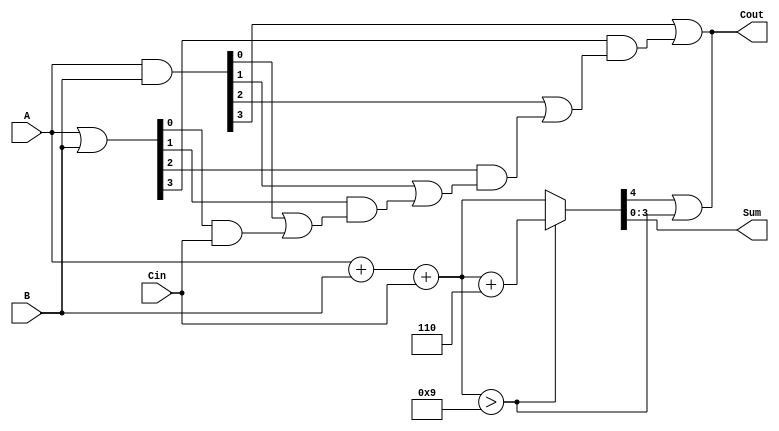
module BCD_Carry_Lookahead_Adder (
    input  [3:0] A,     // 4-bit BCD input A
    input  [3:0] B,     // 4-bit BCD input B
    input        Cin,    // Carry input
    output [3:0] Sum,    // 4-bit BCD result
    output       Cout     // Carry output
);

// Intermediate signals for the carry lookahead logic
wire [3:0] G; // Generate signals
wire [3:0] P; // Propagate signals
wire C1, C2, C3; // Carry outputs for each stage

// Generate and Propagate signals
assign G = A & B;      // Generate: G[i] = A[i] & B[i]
assign P = A | B;      // Propagate: P[i] = A[i] | B[i]

// Carry lookahead logic
assign C1 = G[0] | (P[0] & Cin);
assign C2 = G[1] | (P[1] & C1);
assign C3 = G[2] | (P[2] & C2);
assign Cout = G[3] | (P[3] & C3);

// Initial sum calculation
wire [4:0] initial_sum; // 5-bit to handle overflow
assign initial_sum = A + B + Cin;

// BCD correction logic
wire [4:0] corrected_sum;
assign corrected_sum = (initial_sum > 5'd9) ? (initial_sum + 5'd6) : initial_sum;

// Final output assignments
assign Sum = corrected_sum[3:0]; // Take the lower 4 bits for the BCD result
assign Cout = corrected_sum[4] || (initial_sum > 5'd9); // Carry out if there was a carry or the sum was corrected

endmodule